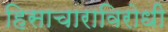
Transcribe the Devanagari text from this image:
हिसाचाराविरोधी